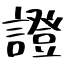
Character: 證